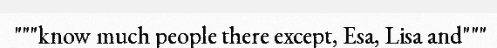
"""know much people there except, Esa, Lisa and"""